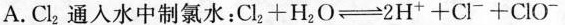
A.Cl_{2}通人水中制氯水：Cl_{2}+H_{2}O \rightleftharpoons 2H^{+}+Cl^{-}+ClO^{-}